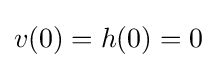
v(0)=h(0)=0